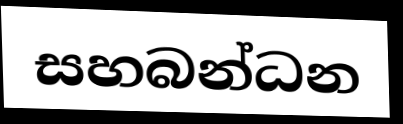
සහබන්ධන